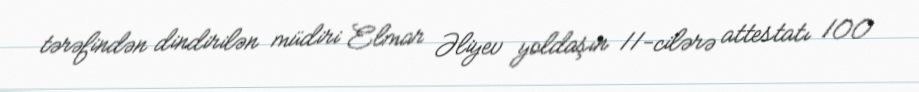
tərəfindən dindirilən müdiri Elmar Əliyev yoldaşın 11-cilərə attestatı 100